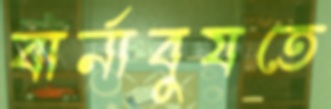
বার্নাবুযতে